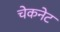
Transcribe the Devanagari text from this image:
चेकनेट